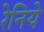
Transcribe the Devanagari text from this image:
रेनिये